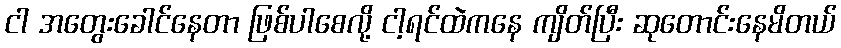
ငါ အတွေးခေါင်နေတာ ဖြစ်ပါစေလို့ ငါ့ရင်ထဲကနေ ကျိတ်ပြီး ဆုတောင်းနေမိတယ်